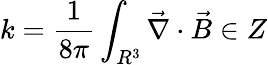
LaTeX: k=\frac{1}{8\pi}\int_{R^{3}}\vec{\nabla}\cdot\vec{B}\in Z